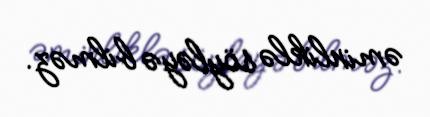
əminliklə söyləyə bilməz.